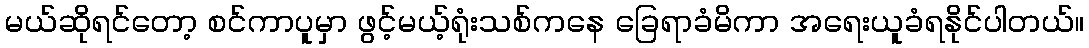
မယ်ဆိုရင်တော့ စင်ကာပူမှာ ဖွင့်မယ့်ရုံးသစ်ကနေ ခြေရာခံမိကာ အရေးယူခံရနိုင်ပါတယ်။